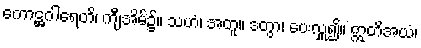
ကောဋ္ဌဂါရေတိ၊ ကျီအိမ်၌။ သဟံ၊ အတူ။ ဒတွာ၊ ပေးလှူ၍။ ဣတိအယံ၊